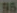
95